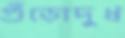
গুঁড়োদুধ